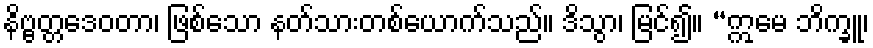
နိဗ္ဗတ္တဒေဝတာ၊ ဖြစ်သော နတ်သားတစ်ယောက်သည်။ ဒိသွာ၊ မြင်၍။ “ဣမေ ဘိက္ခူ၊